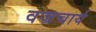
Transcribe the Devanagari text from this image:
वज्रचार्य